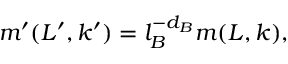
m ^ { \prime } ( L ^ { \prime } , k ^ { \prime } ) = l _ { B } ^ { - d _ { B } } m ( L , k ) ,